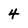
Character: 4